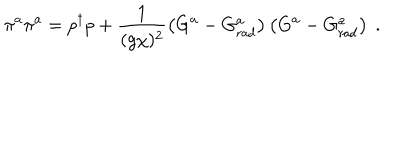
LaTeX: \pi ^ { a } \pi ^ { a } = p ^ { \dagger } p + \frac { 1 } { ( g \chi ) ^ { 2 } } \left( G ^ { a } - G _ { \mathrm { r a d } } ^ { a } \right) \left( G ^ { a } - G _ { \mathrm { r a d } } ^ { a } \right) \ .